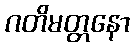
ဂတိမတ္တနော